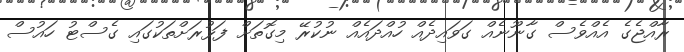
ރާއްޖެގެ އެއްވެސް ގާނޫނެއް ގަވައިދެއް ހުއްދައެއް ނުކުރޭ މިގޮތަށް ފަޅުރަށްތަކުގައި ގެސްޓު ހައުސް